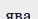
ява